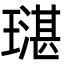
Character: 𤩌